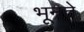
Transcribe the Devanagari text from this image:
भूनते